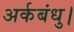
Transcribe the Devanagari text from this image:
अर्कबंधु।